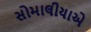
સોમાલીયાએ